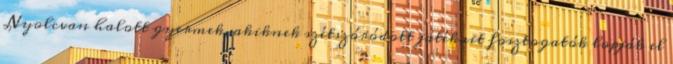
Nyolcvan halott gyermek, akiknek szétszóródott játékait fosztogatók lopják el